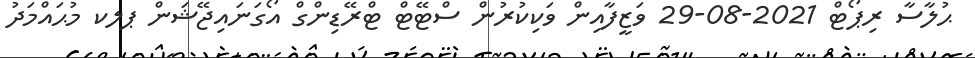
ޙުލާސާ ރިޕޯޓް 2021-08-29 ވަޒީފާއިން ވަކިކުރުން ސްޓޭޓް ޓްރޭޑިންގް އޯގަނައިޖޭޝަން ޕލކ މުޙައްމަދު